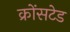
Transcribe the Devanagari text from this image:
क्रोंसटेड